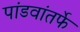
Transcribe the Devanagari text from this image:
पांडवांतर्फे